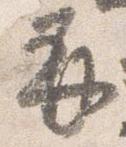
并